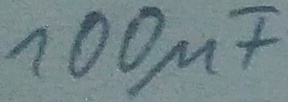
Text: 100µF